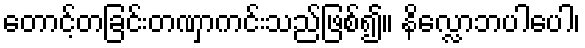
တောင့်တခြင်းတဏှာကင်းသည်ဖြစ်၍။ နိလ္လောဘပါပေါ၊